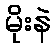
မိုးနဲ